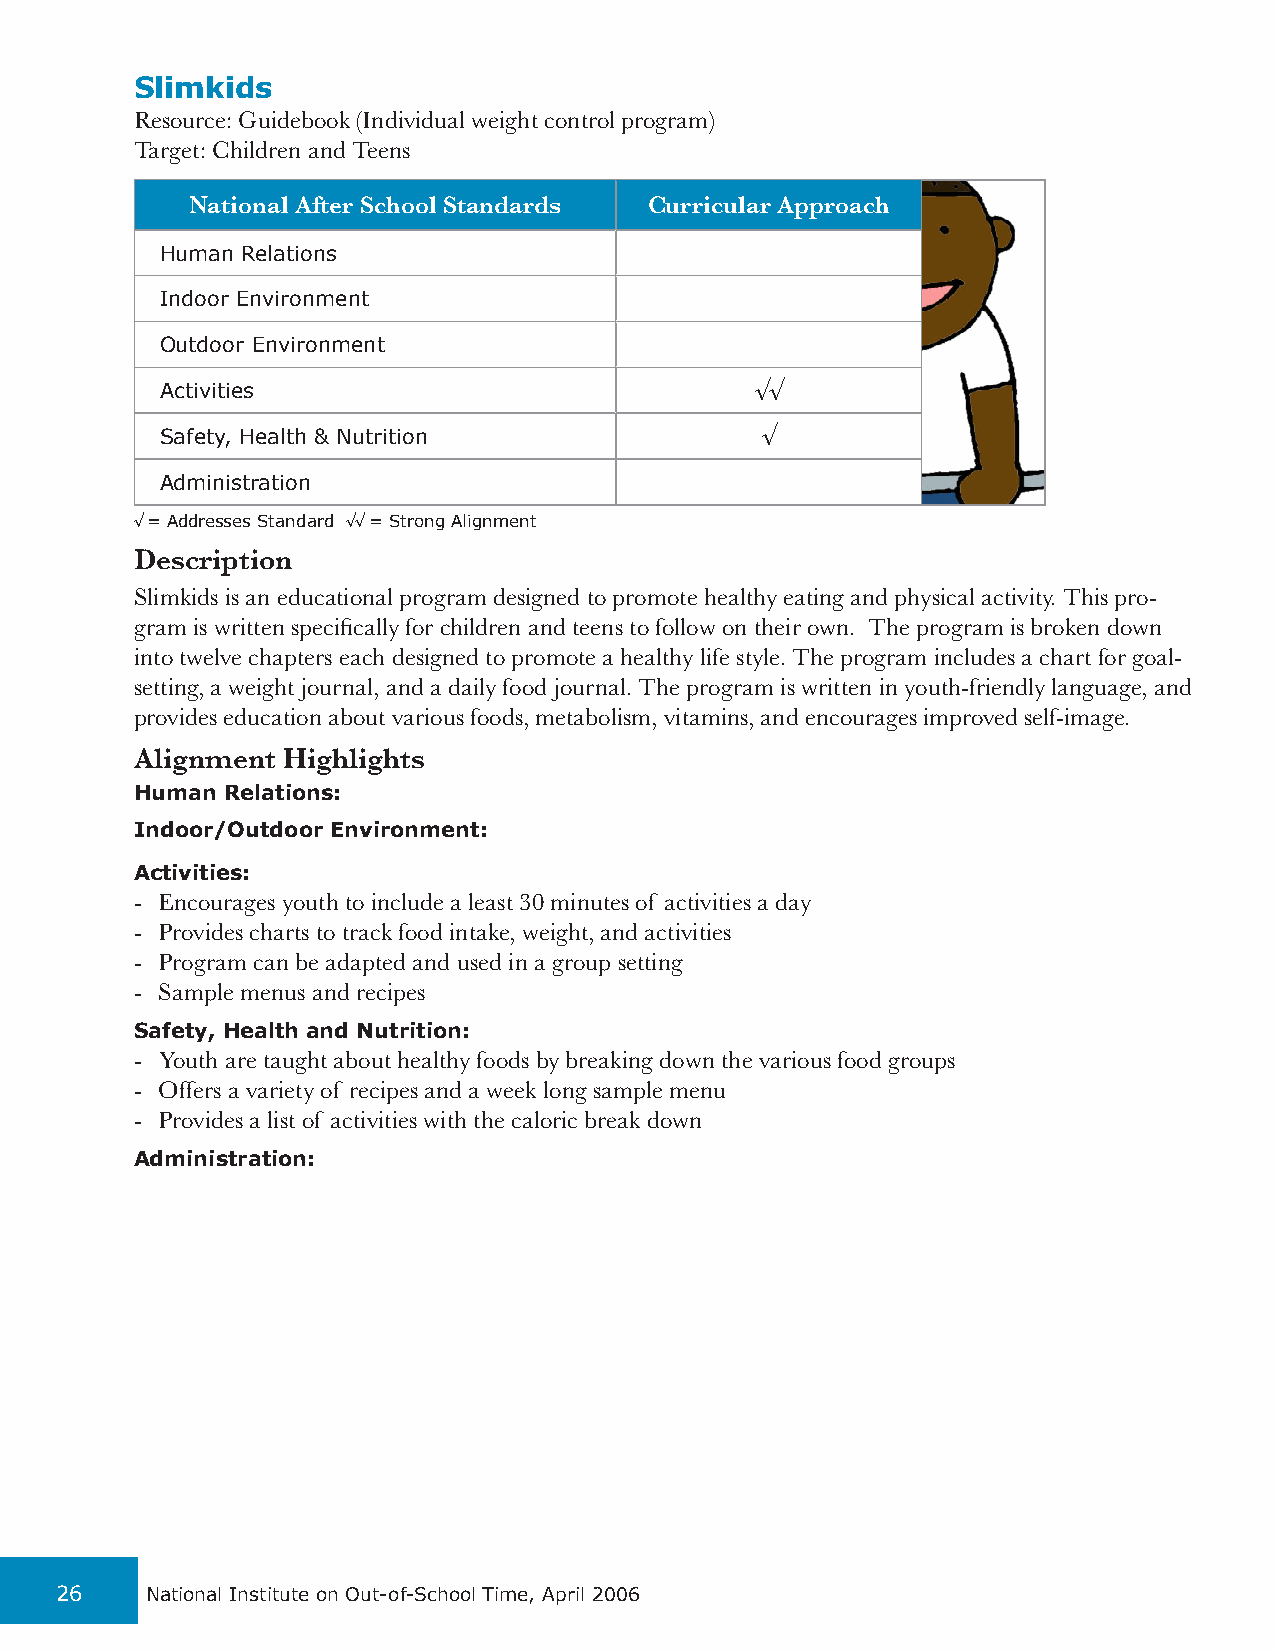
Slimkids
 Resource: Guidebook (Individual weight control program)
 Target: Children and Teens
 National After School Standards Curricular Approach
 Human Relations
 Indoor Environment
 Outdoor Environment
 Activities                             √√
 Safety, Health & Nutrition             √
 Administration
 √ = Addresses Standard √√ = Strong Alignment
 Description
 Slimkids is an educational program designed to promote healthy eating and physical activity. This pro-
 gram is written specifically for children and teens to follow on their own. The program is broken down
 into twelve chapters each designed to promote a healthy life style. The program includes a chart for goal-
 setting, a weight journal, and a daily food journal. The program is written in youth-friendly language, and
 provides education about various foods, metabolism, vitamins, and encourages improved self-image.
 Alignment Highlights
 Human Relations:
 Indoor/Outdoor Environment:
 Activities:
 - Encourages youth to include a least 30 minutes of activities a day
 - Provides charts to track food intake, weight, and activities
 - Program can be adapted and used in a group setting
 - Sample menus and recipes
 Safety, Health and Nutrition:
 - Youth are taught about healthy foods by breaking down the various food groups
 - Offers a variety of recipes and a week long sample menu
 - Provides a list of activities with the caloric break down
 Administration:
 26    National Institute on Out-of-School Time, April 2006